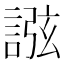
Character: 誸